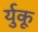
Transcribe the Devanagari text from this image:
र्युकू